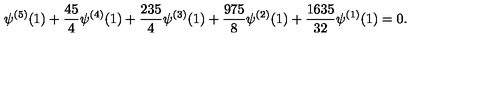
\psi ^ { ( 5 ) } ( 1 ) + \frac { 4 5 } { 4 } \psi ^ { ( 4 ) } ( 1 ) + \frac { 2 3 5 } { 4 } \psi ^ { ( 3 ) } ( 1 ) + \frac { 9 7 5 } { 8 } \psi ^ { ( 2 ) } ( 1 ) + \frac { 1 6 3 5 } { 3 2 } \psi ^ { ( 1 ) } ( 1 ) = 0 .